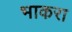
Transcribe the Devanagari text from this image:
भाकरा